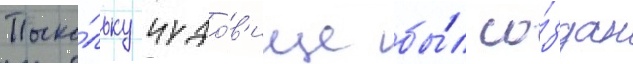
Поско́льку чудо́в'ище бы́л со́здан